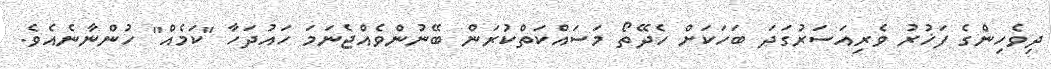
ދިވެހިންގެ ފަޚުރު ވެރިއަސަރުގަދަ ބަހަކަށް ހެދޭތޯ މަސައްކަތްކުރަން ބޭނުންވެއްޖެނަމަ ހައުދަހާ "ކަމެއް" ހުންނާނެއެވެ.